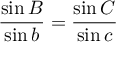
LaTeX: { \frac { \sin B } { \sin b } } = { \frac { \sin C } { \sin c } }